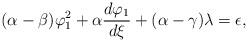
LaTeX: \begin{align*} (\alpha-\beta)\varphi_1^2+\alpha \frac{d\varphi_1}{d\xi}+(\alpha-\gamma)\lambda=\epsilon, \end{align*}